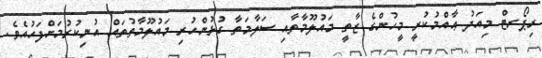
ރިޕޯރޓް މިއަދު ޢާއްމުކުރީ މީހުންގެ ޒާތީ މައުލޫމާތާއި ސަލާމަތާ ގުޅުންހުރި މައުލޫމާތުތައް އުނިކުރުމަށްފަހުއެވެ.